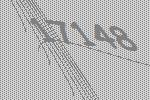
17148